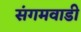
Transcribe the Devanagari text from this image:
संगमवाडी